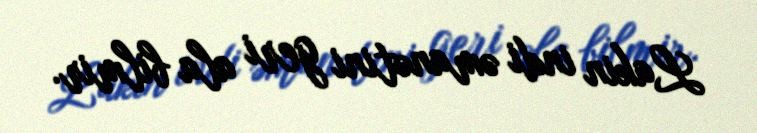
Lakin indi əmanətini geri ala bilmir.